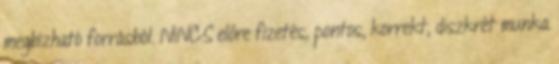
megbízható forrásból. NINCS előre fizetés, pontos, korrekt, diszkrét munka